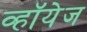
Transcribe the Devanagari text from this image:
व्हॉयेज